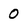
Character: 0